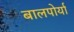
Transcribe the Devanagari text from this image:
बालपोर्या